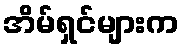
အိမ်ရှင်များက